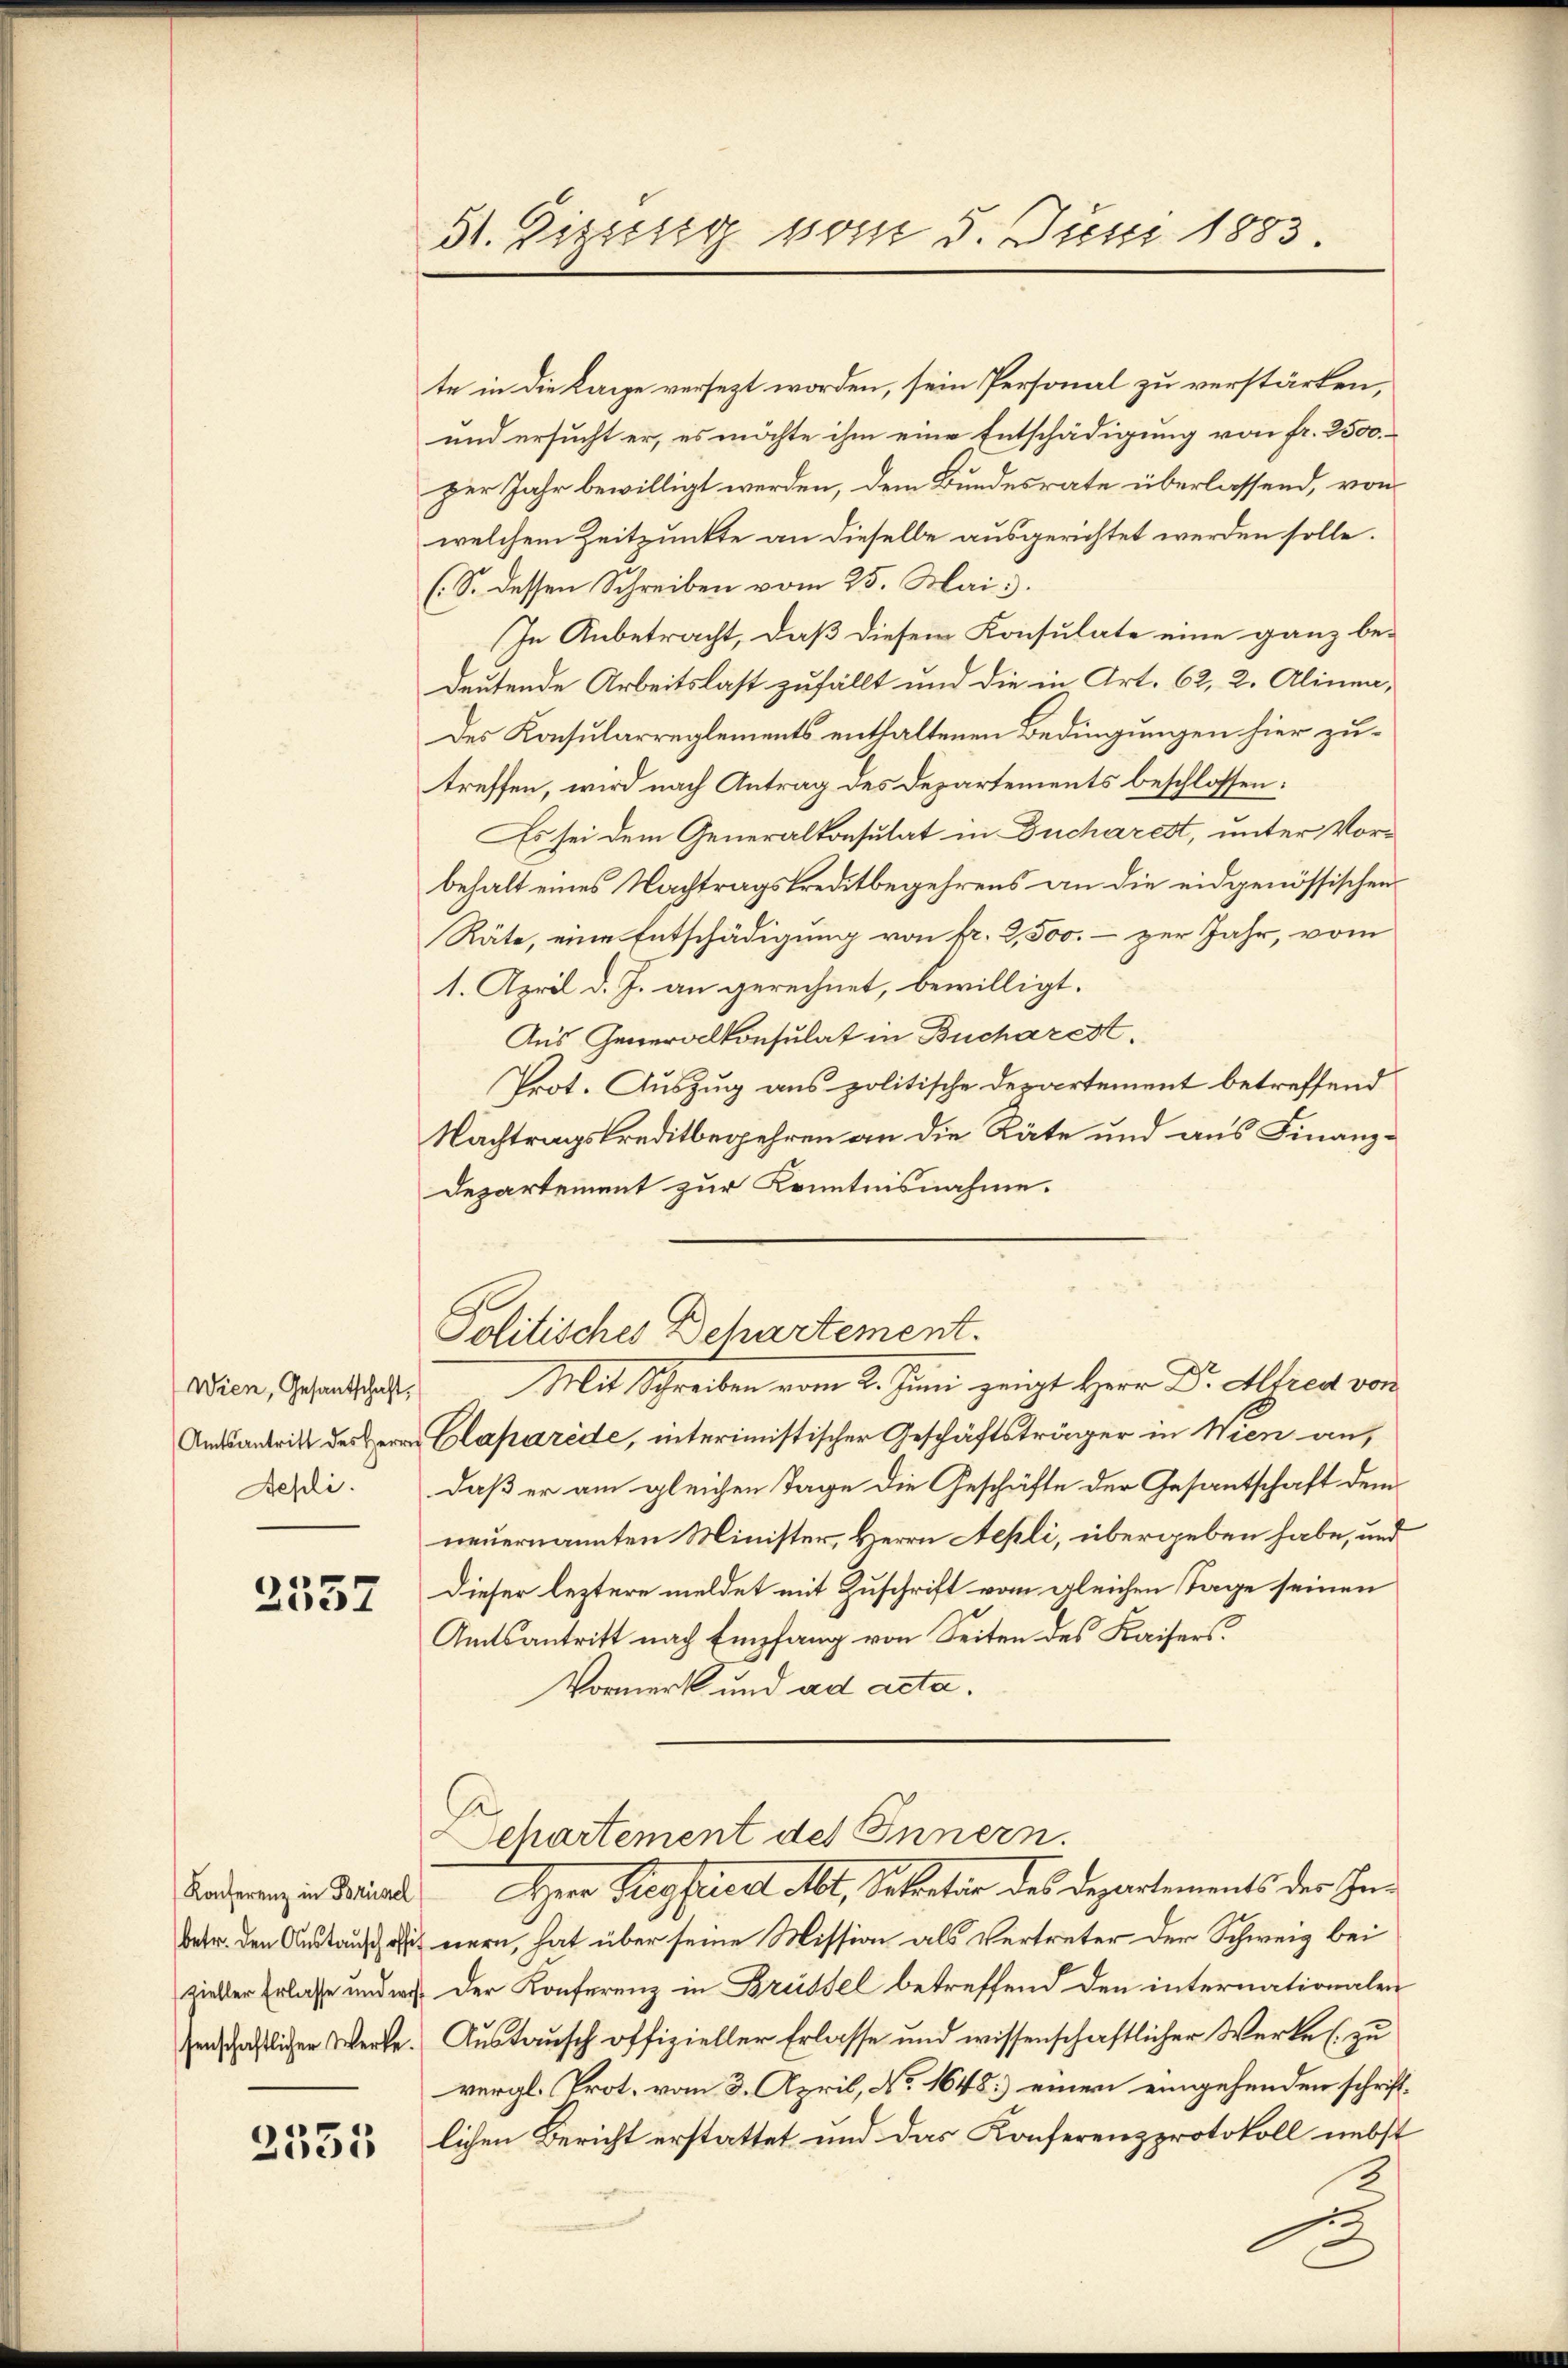
Wien, Gesantschaft,
Aepli.

2557

2553

St. Giesssig vom 5. Juni 1883

te in die Lage versezt worden, sein Personal zu verstärken,
und ersucht er, es möchte ihm eine Entschädigung von fr. 2500.
per Jahr bewilligt werden, dem Bundesrate überlassend, von
welchem Zeitpunkte an dieselbe ausgerichtet werden solle.
(S. dessen Schreiben vom 25. Mai
In Anbetracht, daß diesem Konsulate eine ganz be-
deutende Arbeitslast zufällt und die in Art. 62, 2. Alinea,
Des Konsularreglements enthaltenen Bedingungen hier zutreffen, wird nach Antrag des Departements beschlossen:
Es sei dem Generalkonsulat in Ducharest, unter Vorbehalt eines Nachtragskreditbegehrens an die eidgenössischen
Räte, eine Entschädigung von fr. 2,500.- zur Jahr, vom
1. April d. J. an gerechnet, bewilligt.
Aus Generalkonsulat in Bucharest.
Prot. Auszug aus politische Departement betreffend
Nachtragskreditbegehren an die Räte und aus Finanz¬
Departement zur Kenntnisnahme.
Politisches Departement.
Mit Schreiben vom 2. Juni zeigt Herr Dr. Altred von
Andsantritt des Caparede, interimistischer Geschäftsträger in Wien an,
daß er am gleichen Tage die Geschäfte der Gesantschaft dem
neuernannten Minister, Herrn Aepli, übergeben habe, und
dieser leztere meldet mit Zuschrift vom gleichen Tage seinen
Amtsantritt nach Empfang von Seiten des Kaisers.
Vormerk und ad acta.
Departement des Innern.
Kodranz in Würde Herr Preyfeiert At, Sekretär des Departements der Gebetr. den Austaus einern, hat über seine Mission als Vertreter der Schweig bei
sieler Erlasse und wo der Konferenz in Brüssel betreffend den internationalen
senschaftlichen Werte. Austausch offizieller Erlasse und wissenschaftlicher Werke (zu
vergl. Prot. vom 3. April, No 1648) einen eingehenden schriftlichen Bericht erstattet und das Konferenzprotokoll nebst

d